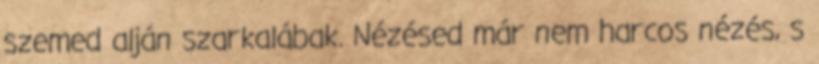
szemed alján szarkalábak. Nézésed már nem harcos nézés, s